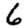
Digit: 6